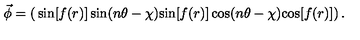
\vec { \phi } = \left( \begin{matrix} { \sin [ f ( r ) ] \sin ( n \theta - \chi ) } \\ { \sin [ f ( r ) ] \cos ( n \theta - \chi ) } \\ { \cos [ f ( r ) ] } \\ \end{matrix} \right) .